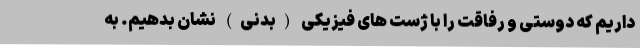
داریم که دوستی و رفاقت را با ژست های فیزیکی (بدنی) نشان بدهیم. به